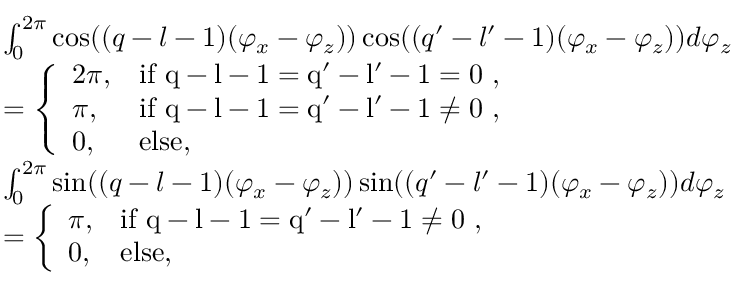
\begin{array} { r l } & { \int _ { 0 } ^ { 2 \pi } \cos ( ( q - l - 1 ) ( \varphi _ { x } - \varphi _ { z } ) ) \cos ( ( q ^ { \prime } - l ^ { \prime } - 1 ) ( \varphi _ { x } - \varphi _ { z } ) ) d \varphi _ { z } } \\ & { = \left\{ \begin{array} { l l } { 2 \pi , } & { \mathrm { i f ~ q - l - 1 = q ' - l ' - 1 = 0 ~ } , } \\ { \pi , } & { \mathrm { i f ~ q - l - 1 = q ' - l ' - 1 \neq 0 ~ } , } \\ { 0 , } & { \mathrm { e l s e } , } \end{array} \right. } \\ & { \int _ { 0 } ^ { 2 \pi } \sin ( ( q - l - 1 ) ( \varphi _ { x } - \varphi _ { z } ) ) \sin ( ( q ^ { \prime } - l ^ { \prime } - 1 ) ( \varphi _ { x } - \varphi _ { z } ) ) d \varphi _ { z } } \\ & { = \left\{ \begin{array} { l l } { \pi , } & { \mathrm { i f ~ q - l - 1 = q ' - l ' - 1 \neq 0 ~ } , } \\ { 0 , } & { \mathrm { e l s e } , } \end{array} \right. } \end{array}